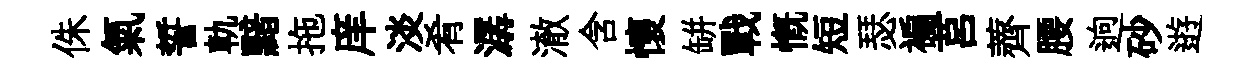
侏氣誓軌黯拖庠淡肴潺澈含懷缾戰慨短瑟褊莒薺腰逈砂逰